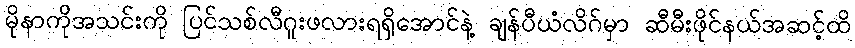
မိုနာကိုအသင်းကို ပြင်သစ်လီဂူးဖလားရရှိအောင်နဲ့ ချန်ပီယံလိဂ်မှာ ဆီမီးဖိုင်နယ်အဆင့်ထိ